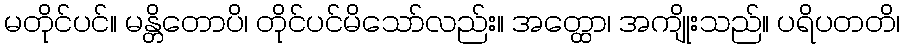
မတိုင်ပင်။ မန္တိတောပိ၊ တိုင်ပင်မိသော်လည်း။ အတ္ထော၊ အကျိုးသည်။ ပရိပတတိ၊